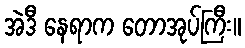
အဲဒီ နေရာက တောအုပ်ကြီး။